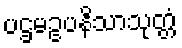
ပဌမဥပနိသာသုတ္တံ